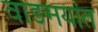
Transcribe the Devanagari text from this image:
वाङमयांत